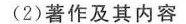
(2)著作及其内容